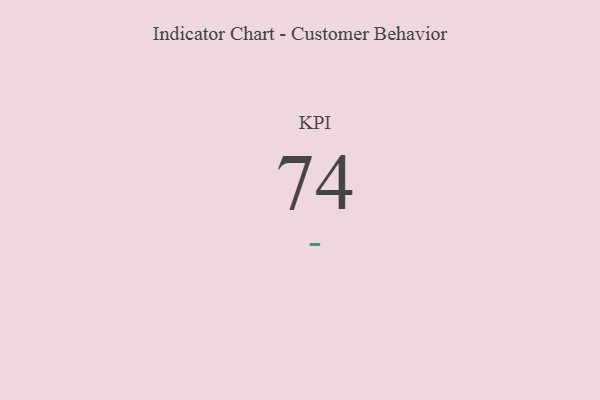
{"axis": {"x": "KPI", "y": "Value"}, "legend": [""], "data": [{"x": "KPI", "y": 74, "type": ""}]}